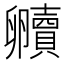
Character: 贕